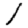
Digit: 1